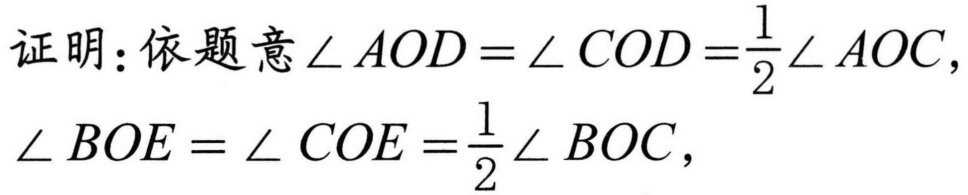
证明：依题意\(\angle AOD = \angle COD=\frac{1}{2}\angle AOC\)，
\(\angle BOE = \angle COE=\frac{1}{2}\angle BOC\)，